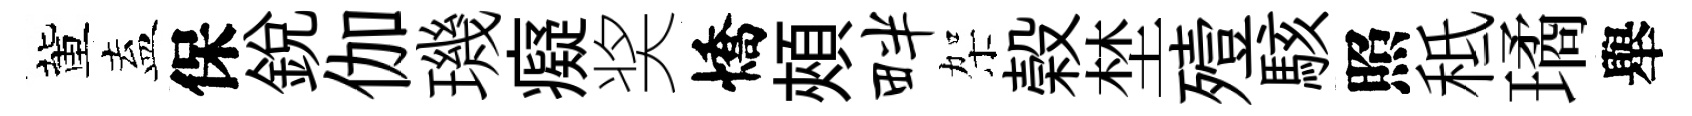
董盍保銳伽璣癡奖憍頰畔架榖埜殪駭照秪璚舉